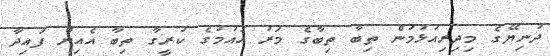
ދުނިޔޭގެ މިދިރިއުޅުމުން ތިބާ ތިބާގެ މަރު އައުމުގެ ކުރީގާ ތިބާ އެއިން ފައިދާ